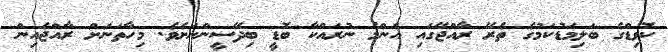
ކޮވިޑްގެ ބަލިމަޑުކަމުގެ ތެރޭ ރާއްޖޭގައި އެންމެ ނުރައްކާ ބޮޑީ ބިދޭސީންނަށެވެ. މިހާތަނަށް ރާއްޖެއިން